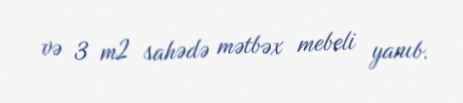
və 3 m2 sahədə mətbəx mebeli yanıb.